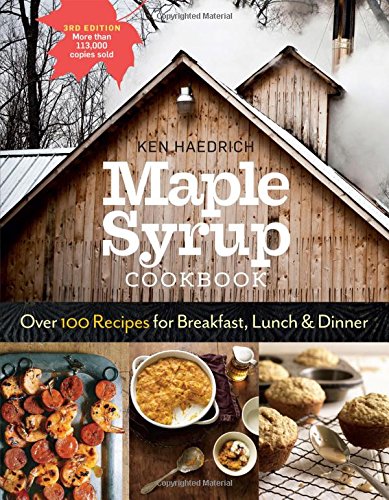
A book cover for Maple Syrup Cookbook, 3rd Edition: Over 100 Recipes for Breakfast, Lunch & Dinner; Ken Haedrich; Cookbooks, Food & Wine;